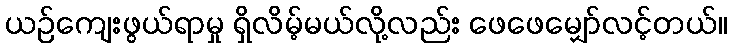
ယဉ်ကျေးဖွယ်ရာမှု ရှိလိမ့်မယ်လို့လည်း ဖေဖေမျှော်လင့်တယ်။